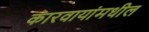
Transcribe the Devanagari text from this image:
कारवायांमधील